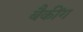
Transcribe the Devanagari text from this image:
बैकींग